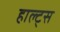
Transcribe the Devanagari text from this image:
हाल्ट्स